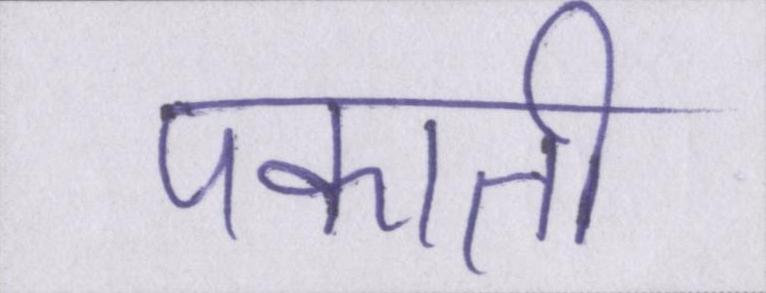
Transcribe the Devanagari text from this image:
पकाती